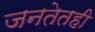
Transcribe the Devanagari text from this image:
जनतेतही